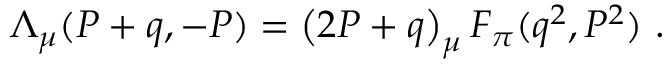
\Lambda _ { \mu } ( P + q , - P ) = \left( 2 P + q \right) _ { \mu } F _ { \pi } ( q ^ { 2 } , P ^ { 2 } ) ~ .